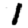
Digit: 1